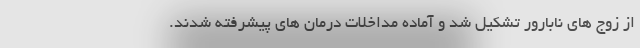
از زوج های نابارور تشکیل شد و آماده مداخلات درمان های پیشرفته شدند.